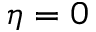
\eta = 0